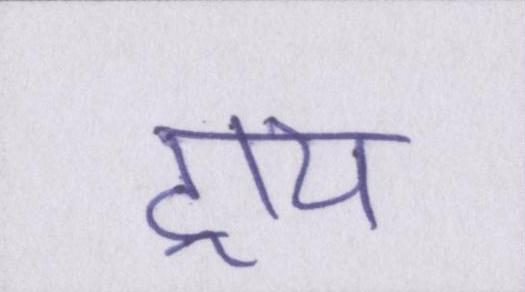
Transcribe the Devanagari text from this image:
ट्राय